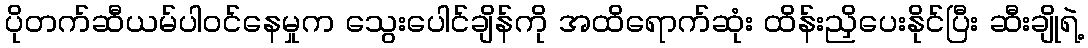
ပိုတက်ဆီယမ်ပါဝင်နေမှုက သွေးပေါင်ချိန်ကို အထိရောက်ဆုံး ထိန်းညှိပေးနိုင်ပြီး ဆီးချိုရဲ့